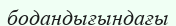
бодандығындағы